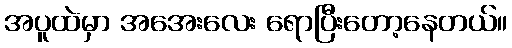
အပူထဲမှာ အအေးလေး ရောပြီးတော့နေတယ်။